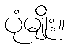
ပုံမျိုး။